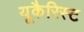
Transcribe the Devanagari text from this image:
यूकैरिस्ट